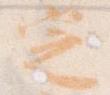
定